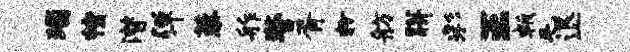
瑙幢潜弹藜舴警胥粉舫胼彩王叛毛退